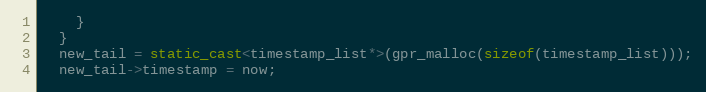
Language: C++
    }
  }
  new_tail = static_cast<timestamp_list*>(gpr_malloc(sizeof(timestamp_list)));
  new_tail->timestamp = now;